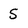
Character: 5